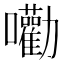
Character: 𡅳